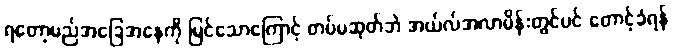
ရတော့မည်အခြေအနေကို မြင်သောကြောင့် တပ်မဆုတ်ဘဲ အယ်လ်အလာမိန်းတွင်ပင် တောင့်ခံရန်